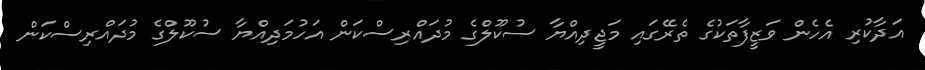
އަދާކުރި އެހެން ވަޒީފާތަކުގެ ތެރޭގައި މަޖީދިއްޔާ ސުކޫލްގެ މުދައްރިސްކަން އަހުމަދިއްޔާ ސުކޫލްގެ މުދައްރިސްކަން